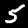
Label: 5